65_HS1-834228961_62-HQ-83894_Section_4
Agency: FBI
Page 9
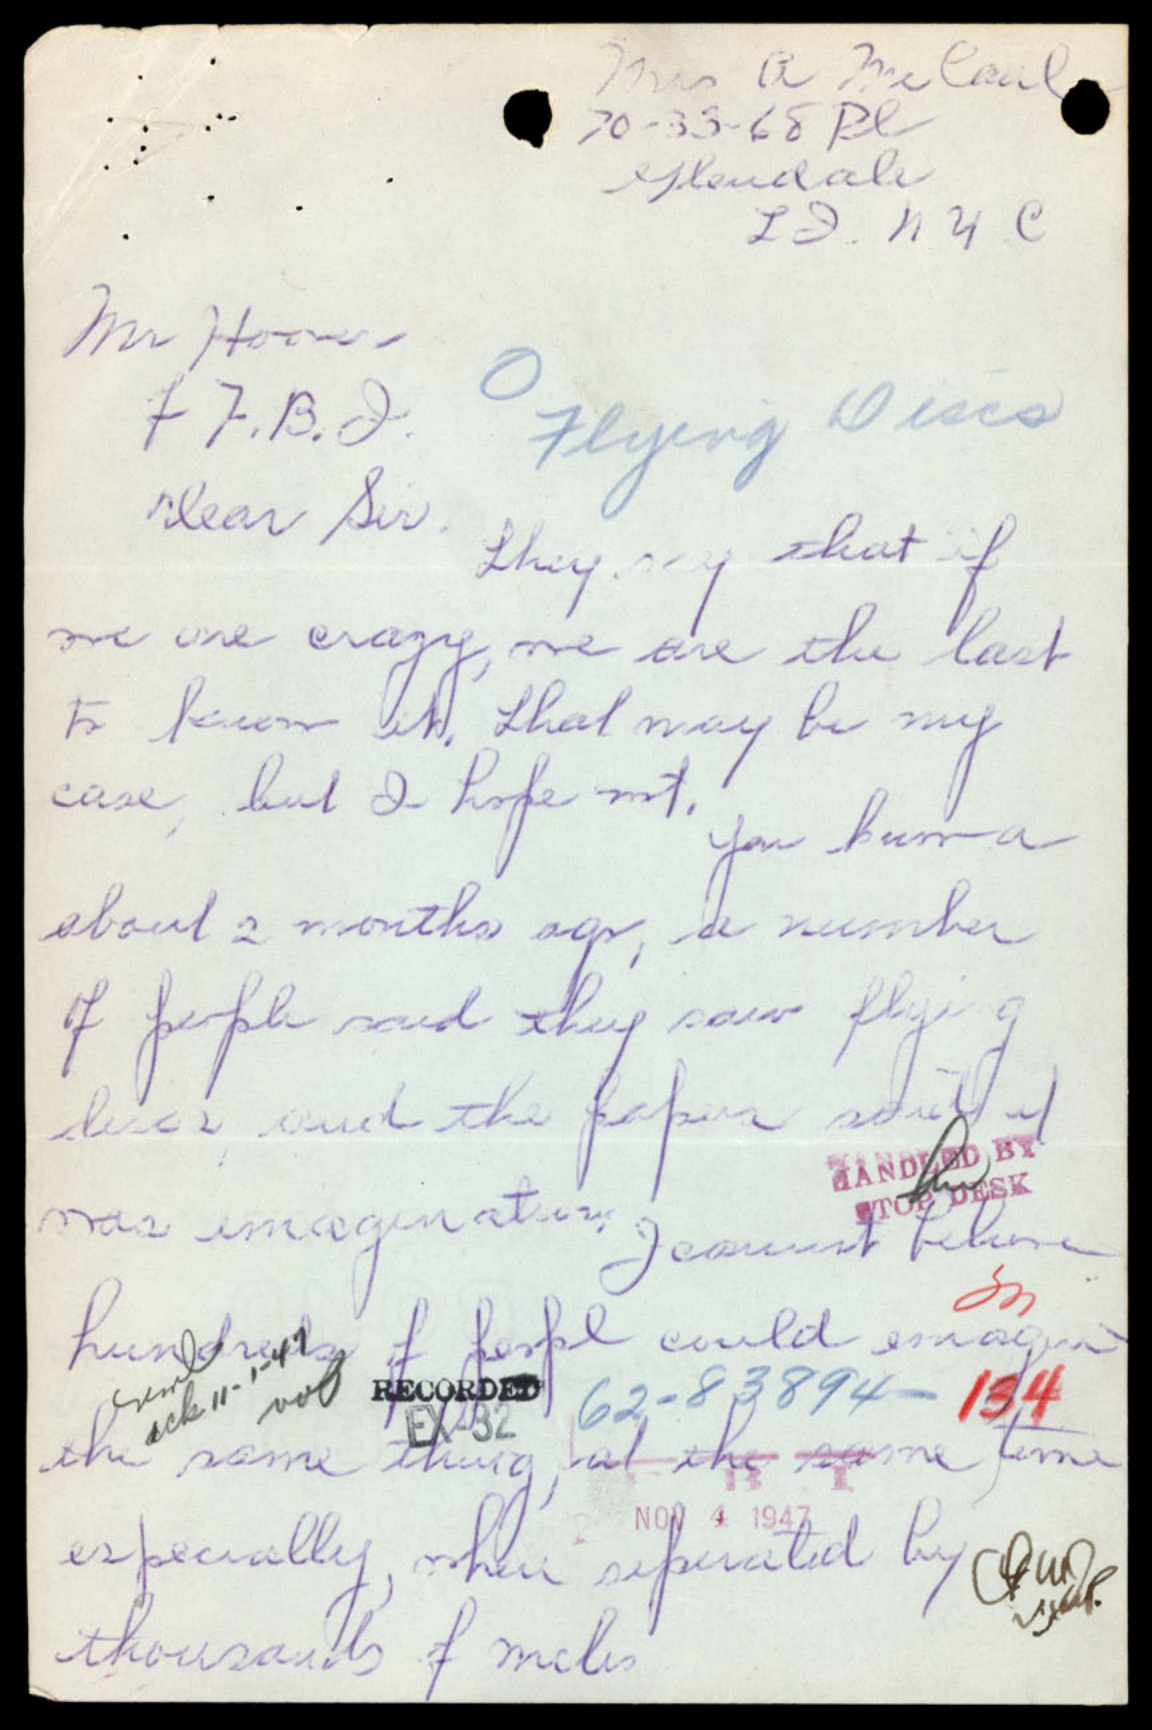